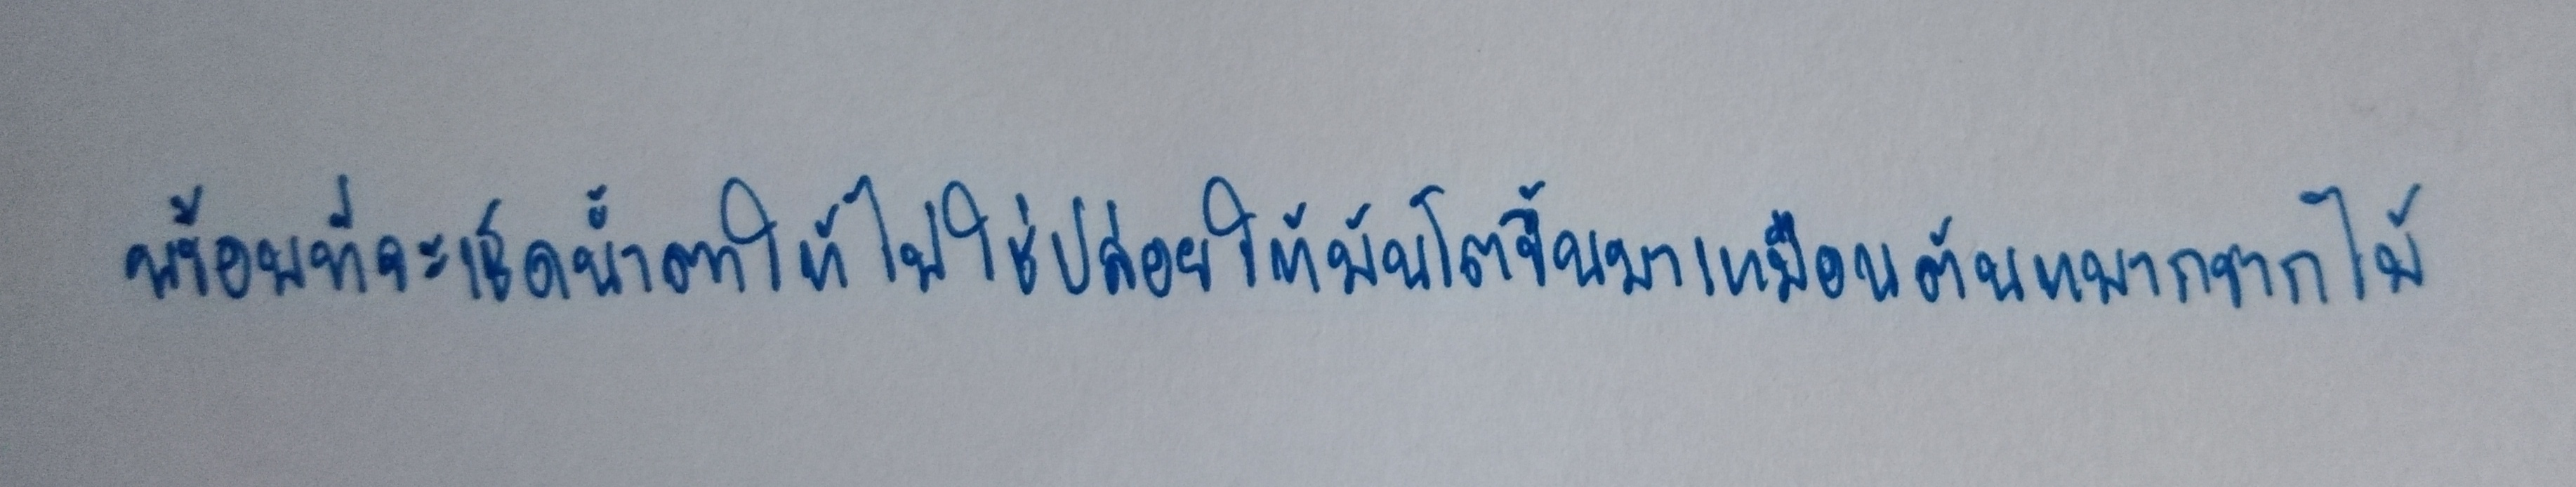
พร้อมที่จะเช็ดน้ำตาให้ไม่ใช่ปล่อยให้มันโตขึ้นมาเหมือนต้นหมากรากไม้